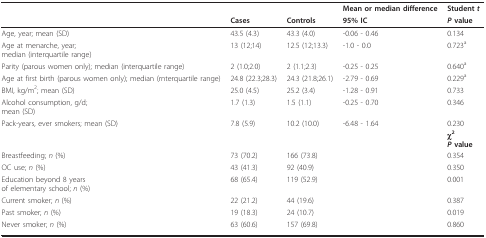
|  |  |  | Mean or median difference | Student t |
 |  | Cases | Controls | 95% IC | P value |
 | --- | --- | --- | --- | --- |
 | Age, year; mean (SD) | 43.5 (4.3) | 43.3 (4.0) | -0.06 - 0.46 | 0.134 |
 | Age at menarche, year;median (interquartile range) | 13 (12;14) | 12.5 (12;13.3) | -1.0 - 0.0 | 0.723a |
 | Parity (parous women only); median (interquartile range) | 2 (1.0;2.0) | 2 (1.1;2.3) | -0.25 - 0.25 | 0.640a |
 | Age at first birth (parous women only); median (rnterquartile range) | 24.8 (22.3;28.3) | 24.3 (21.8;26.1) | -2.79 - 0.69 | 0.229a |
 | BMI, kg/m2; mean (SD) | 25.0 (4.5) | 25.2 (3.4) | -1.28 - 0.91 | 0.733 |
 | Alcohol consumption, g/d;mean (SD) | 1.7 (1.3) | 1.5 (1.1) | -0.25 - 0.70 | 0.346 |
 | Pack-years, ever smokers; mean (SD) | 7.8 (5.9) | 10.2 (10.0) | -6.48 - 1.64 | 0.230 |
 |  |  |  |  | χ2P value |
 | Breastfeeding; n (%) | 73 (70.2) | 166 (73.8) |  | 0.354 |
 | OC use; n (%) | 43 (41.3) | 92 (40.9) |  | 0.350 |
 | Education beyond 8 yearsof elementary school; n (%) | 68 (65.4) | 119 (52.9) |  | 0.001 |
 | Current smoker; n (%) | 22 (21.2) | 44 (19.6) |  | 0.387 |
 | Past smoker; n (%) | 19 (18.3) | 24 (10.7) |  | 0.019 |
 | Never smoker; n (%) | 63 (60.6) | 157 (69.8) |  | 0.860 |